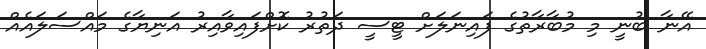
އޭނާ ބުނީ މި މުބާރާތުގެ ފައިނަލަށް ޓީސީ ދަތުރު ކޮށްފައިވާއިރު އަނިޔާގެ މައްސަލައެއް